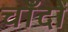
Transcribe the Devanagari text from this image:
चाँदों